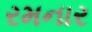
રમનાર